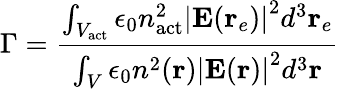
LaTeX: \Gamma=\frac{\int_{V_{\mathrm{act}}}\epsilon_{0}n_{\mathrm{act}}^{2}\left|\mathbf{E}(\mathbf{r}_{e})\right|^{2}d^{3}\mathbf{r}_{e}}{\int_{V}\epsilon_{0}n^{2}(\mathbf{r})\left|\mathbf{E}(\mathbf{r})\right|^{2}d^{3}\mathbf{r}}